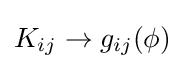
K_{ij}\rightarrow g_{ij}(\phi )